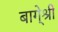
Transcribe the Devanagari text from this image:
बागे्श्री